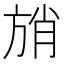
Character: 𰕩